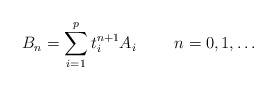
LaTeX: \begin{align*}B_n = \sum_{i=1}^p t_i^{n+1} A_i \qquad\ n= 0, 1,\ldots \end{align*}